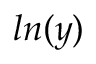
l n ( y )